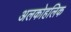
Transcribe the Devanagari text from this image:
अलकोहलिक